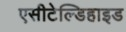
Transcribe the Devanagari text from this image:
एसीटेल्डिहाइड